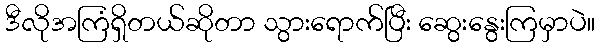
ဒီလိုအကြံရှိတယ်ဆိုတာ သွားရောက်ပြီး ဆွေးနွေးကြမှာပဲ။